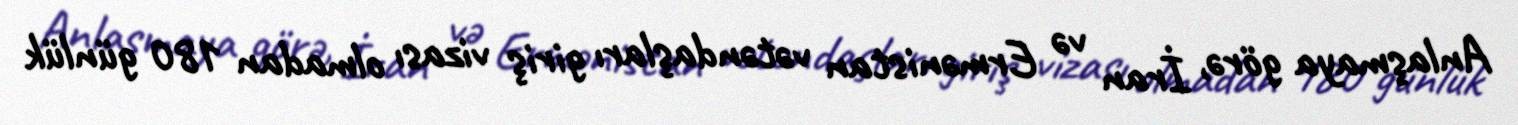
Anlaşmaya görə, İran və Ermənistan vətəndaşları giriş vizası olmadan 180 günlük